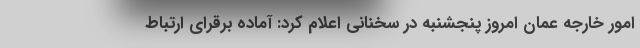
امور خارجه عمان امروز پنجشنبه در سخنانی اعلام کرد: آماده برقرای ارتباط